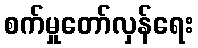
စက်မှုတော်လှန်ရေး